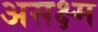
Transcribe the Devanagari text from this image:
असक्ष्म